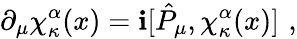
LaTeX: \partial_{\mu}\chi_{\kappa}^{\alpha}(x)=\mathbf{i}[\hat{{P}}_{\mu},\chi_{\kappa}^{\alpha}(x)]\, \, ,